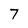
Character: 7